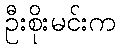
ဦးစိုးမင်းက